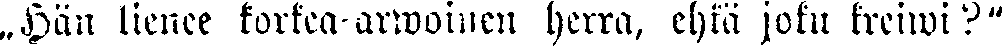
„Hän lienee korkea-arwoinen herra, ehkä joku kreiwi?"